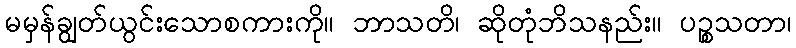
မမှန်ချွတ်ယွင်းသောစကားကို။ ဘာသတိ၊ ဆိုတုံဘိသနည်း။ ပဉ္စသတာ၊